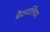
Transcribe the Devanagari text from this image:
बैठवलिया